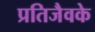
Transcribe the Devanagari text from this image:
प्रतिजैवके